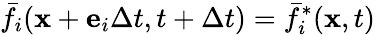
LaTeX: {\bar{f}_{i}}({\mathbf{x}}+{{\mathbf{e}}_{i}}\Delta t,t+\Delta t)=\bar{f}_{i}^{*}({\mathbf{x}},t)